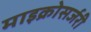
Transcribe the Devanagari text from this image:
माइक्रोसर्जरी